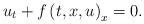
LaTeX: \begin{align*} u_{t}+f\left(t,x,u\right)_{x}=0.\end{align*}